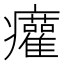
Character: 𤼐